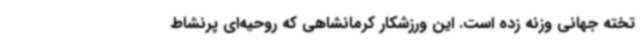
تخته جهانی وزنه زده است. این ورزشکار کرمانشاهی که روحیه‌ای پرنشاط